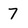
Character: 7